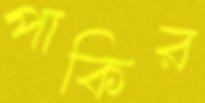
পাকির